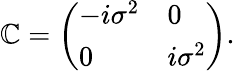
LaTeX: \mathbb{C}=\left(\begin{array}{ll}{{-i\sigma^{2}}}&{{0}}\\ {{0}}&{{i\sigma^{2}}}\end{array}\right).